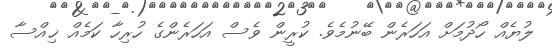
ލުޔެއް ހޯދުމަށް އަހަރެން ބޭނުމެވެ. ކުރީން ވެސް އަހަރެންގެ ހުރިހާ ކަމެއް ޚިއްސާ